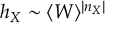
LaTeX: h _ { X } \sim \langle W \rangle ^ { | n _ { X } | }